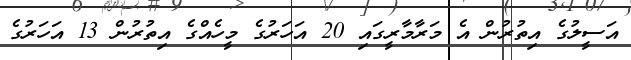
އަސީލުގެ އިތުރުން އެ މަރާމާރީގައި 20 އަހަރުގެ މީހެއްގެ އިތުރުން 13 އަހަރުގެ